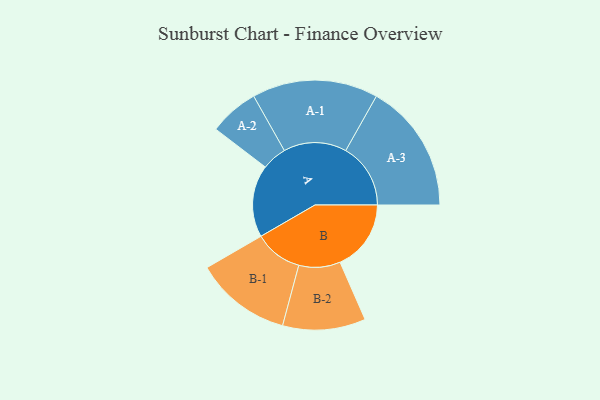
{"axis": {"x": "Segment", "y": "Value"}, "legend": ["", "A", "B"], "data": [{"x": "A", "y": 305, "type": ""}, {"x": "B", "y": 300, "type": ""}, {"x": "A-1", "y": 266, "type": "A"}, {"x": "A-2", "y": 105, "type": "A"}, {"x": "A-3", "y": 274, "type": "A"}, {"x": "B-1", "y": 203, "type": "B"}, {"x": "B-2", "y": 175, "type": "B"}]}